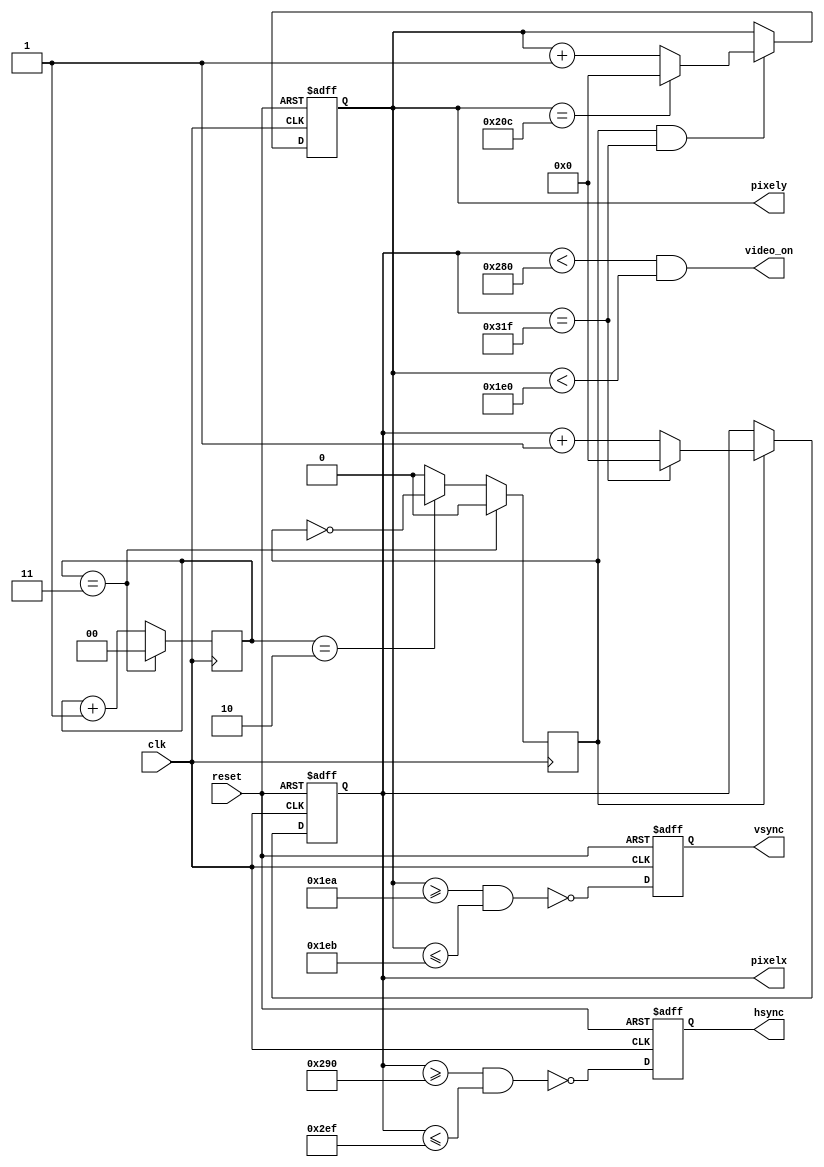
`timescale 10ns / 1ps 

module SincronizadorVGA(
  input wire clk,reset,
  output wire hsync,vsync,video_on,
  output wire [9:0] pixelx,pixely
  );

  //Declaracion de constantes
  //Parametros VGA 640*480

localparam HD=10'd640; // Area horizontal de la pantalla en la que se puede escribir
localparam HF=10'd48;//Porch frontal horizontal
localparam HB=10'd16;//Porch trasero horizontal
localparam HR=10'd96;//Retraso horizontal

localparam VD=10'd480;//Area vertical de la pantalla en la que se puede escribir
localparam VF=10'd10;//Porch frontal vertical
localparam VB=10'd33;//Porch trasero vertical
localparam VR=10'd2;//Retraso vertical

//Contador mod 4 para generar el clock de 25Mhz
reg [1:0] mod4_reg=2'b00; //Registro para almacenar la cuenta

//Contadores de sincronizacion, eje x y eje y
reg [9:0] hcount_reg=10'h0,hcount_next;//Registros para almacenar y aumentar la cuenta
reg [9:0] vcount_reg=10'h0,vcount_next;//Registros para almacenar y aumentar la cuenta

//Buffers de salida
reg vsync_reg=0,hsync_reg=0;
wire vsync_next,hsync_next;

//Seales de estado
wire h_end,v_end;//Seales para establecer el tick que genera el clock de 25Mhz y determinar si los contadores de sincronizacion finalizaron su cuenta
reg pixel_tick=0;

//Cuerpo
//Escritura de datos en los Registros
always @(posedge clk,posedge reset)
if (reset)//Si hay una seal en alto de reset, pone todas las seales del modulo en 0
begin
//mod4_reg<=2'b00;
vcount_reg<=0;
hcount_reg<=0;
vsync_reg<=1'b0;
hsync_reg<=1'b0;
end

else//Si no, le asigna datos a los registros
begin
//mod4_reg<=mod4_next;
vcount_reg<=vcount_next;
hcount_reg<=hcount_next;
vsync_reg<=vsync_next;
hsync_reg<=hsync_next;
end

//Contador mod 4
always @(posedge clk)
if (mod4_reg== 2'b11)//Cuando el contador llega a 4 genera una seal de tick y se reinicia
begin
pixel_tick=0;
mod4_reg=2'b00;
end

else//Si el contador no llega a ese valor sigue contando
begin
if (mod4_reg== 2'b10)
begin
pixel_tick=~pixel_tick; //Se cambio el tick al ciclo 3 del contador porque los pixeles cambian un pulso despues, asi se logra que cambien entre pixeles cada 4 ciclos de reloj (25Mhz) y no cada 5
mod4_reg=mod4_reg+1;
end
else
begin
pixel_tick=0;
mod4_reg=mod4_reg+1;
end
end



//Seales de estado
//Fin del contador horizontal (799)
assign h_end=(hcount_reg==(HD+HF+HB+HR-1));//h_end es verdadero solamente si el contador llego a 799
//Fin del contador vertical (524)
assign v_end=(vcount_reg==(VD+VF+VB+VR-1));//v_end es verdadero solamente si el contador llego a 524

//Logica de siguiente estado contador eje x (mod 800)
always @*
if (pixel_tick)//Seal de 25Mhz
if (h_end) //Si la seal h_end es verdadera el contador se reinicia
hcount_next=0;
else
hcount_next=hcount_reg+1;//si n, aumenta el contador en 1
else
hcount_next=hcount_reg;// Si no hay una seal de reloj se mantiene en el mismo estado

//Logica de estado siguiente contador eje y (mod 525)
always @*
if (pixel_tick & h_end)// Si el clock de 25Mhz esta en alto y el contador horizontal llego a su limite
if (v_end) //Si el contador del eje y tambien llego a su limite se reinicia
vcount_next=0;
else
vcount_next=vcount_reg+1;//Si n, aumenta en uno el contador vertical
else
vcount_next=vcount_reg; //Si n se cumple la primera condicion, se mantiene en el mismo estado

//Seales de sincronizacion vertical y horizontal con buffers para evitar glitch
//Seal hsync_next activa entre los pixeles 656 y 751
assign hsync_next=~(hcount_reg>=(HD+HB) && hcount_reg<=(HD+HB+HR-1));

//El codigo original producia una seal vsync_next activa entre 513 y 515
//Seal vsync_next activa entre los pixeles 490 Y 491
assign vsync_next=~(vcount_reg>=(VD+VB-23) && vcount_reg<=(VD+VB+VR-1-23));

//Video On/Off
assign video_on=(hcount_reg<HD) && (vcount_reg<VD);//Pone la seal video_on en alto solo cuando los contadores vertical y horizontal se encuentran en las zonas de la pantalla donde se puede escribir

//Salidas
assign hsync=hsync_reg;
assign vsync=vsync_reg;
assign pixelx=hcount_reg;
assign pixely=vcount_reg;



endmodule